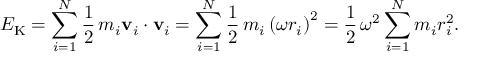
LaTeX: E _ { \mathrm { K } } = \sum _ { i = 1 } ^ { N } { \frac { 1 } { 2 } } \, m _ { i } \mathbf { v } _ { i } \cdot \mathbf { v } _ { i } = \sum _ { i = 1 } ^ { N } { \frac { 1 } { 2 } } \, m _ { i } \left( \omega r _ { i } \right) ^ { 2 } = { \frac { 1 } { 2 } } \, \omega ^ { 2 } \sum _ { i = 1 } ^ { N } m _ { i } r _ { i } ^ { 2 } .